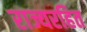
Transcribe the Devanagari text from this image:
राज्यरहित